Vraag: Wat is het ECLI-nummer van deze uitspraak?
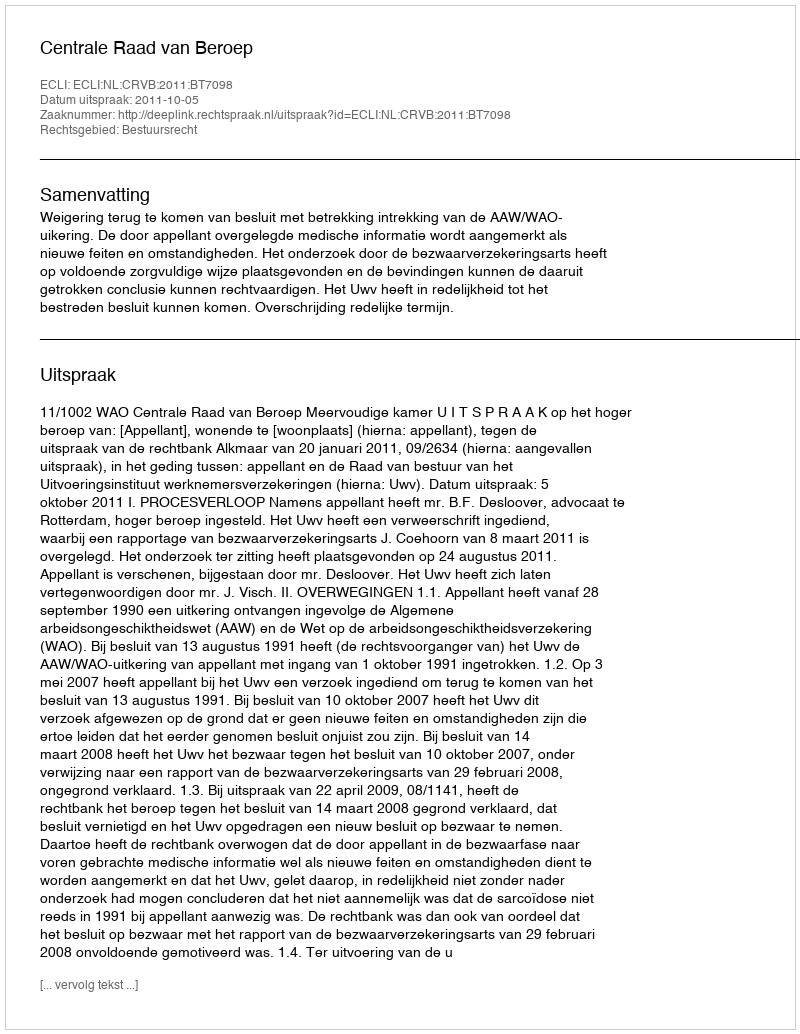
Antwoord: ECLI:NL:CRVB:2011:BT7098